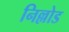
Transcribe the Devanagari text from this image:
निल्लोड